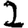
Digit: 2